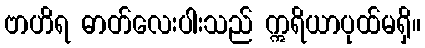
ဗာဟိရ ဓာတ်လေးပါးသည် ဣရိယာပုထ်မရှိ။